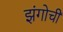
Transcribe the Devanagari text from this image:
झंगोची